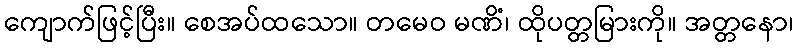
ကျောက်ဖြင့်ပြီး။ စေအပ်ထသော။ တမေဝ မဏိံ၊ ထိုပတ္တမြားကို။ အတ္တနော၊